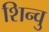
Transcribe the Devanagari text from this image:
शिन्वु